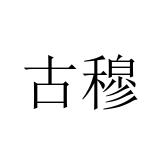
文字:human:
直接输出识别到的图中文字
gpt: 古穆